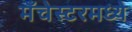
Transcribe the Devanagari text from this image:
मँचेस्टरमध्ये